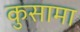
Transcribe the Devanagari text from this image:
कुसामा